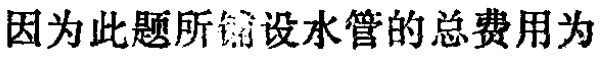
因为此题所铺设水管的总费用为